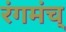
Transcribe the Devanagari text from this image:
रंगमंच्